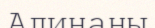
Алинаны